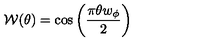
{ \cal W } ( \theta ) = \cos \left( \frac { \pi \theta w _ { \phi } } { 2 } \right)